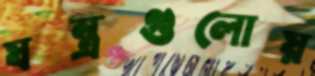
যন্ত্রগুলোয়